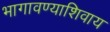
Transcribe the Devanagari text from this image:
भागावण्याशिवाय